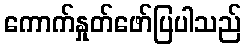
ကောက်နှုတ်ဖော်ပြပါသည်